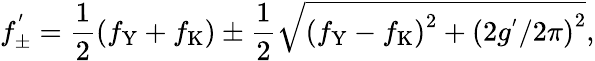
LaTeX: f_{\pm}^{'}=\frac{1}{2}\left(f_{\mathrm{Y}}+f_{\mathrm{K}}\right)\pm\frac{1}{2}\sqrt{\left(f_{\mathrm{Y}}-f_{\mathrm{K}}\right)^{2}+\left(2g^{'}/2\pi\right)^{2}},